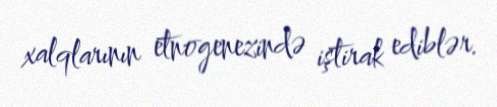
xalqlarının etnogenezində iştirak ediblər.